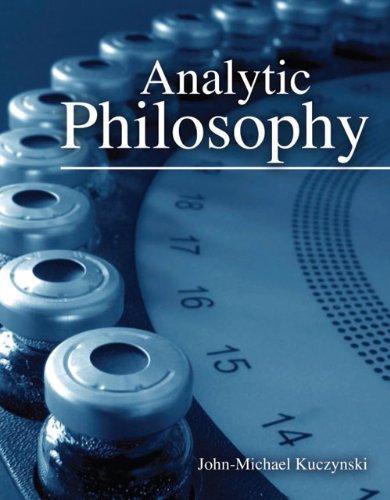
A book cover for Analytic Philosophy; John-Michael Kuczynski; Politics & Social Sciences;